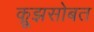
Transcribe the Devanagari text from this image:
क्रूझसोबत